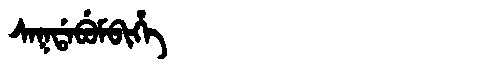
Manchu: ᠰᠠᡴᡩᠠᠪᡠᠮᠪᡳᡥᡝ
Romanization: SAKDABUMBIHE